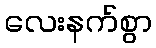
လေးနက်စွာ